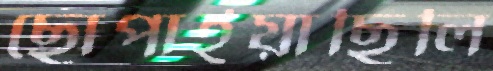
ছোপাইয়াছিলি